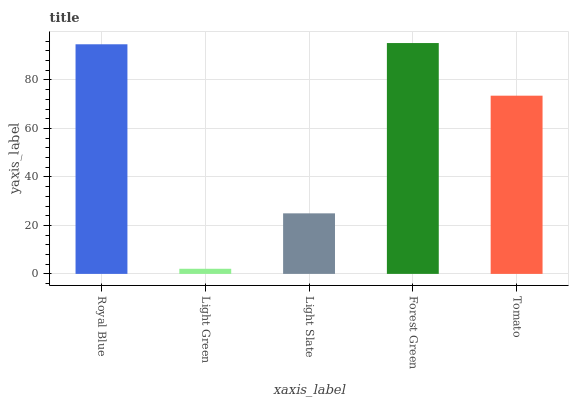
| xaxis_label | bars |
 | --- | --- |
 | Royal Blue | 94.7 |
 | Light Green | 2.11 |
 | Light Slate | 25 |
 | Forest Green | 95.2 |
 | Tomato | 73.5 |